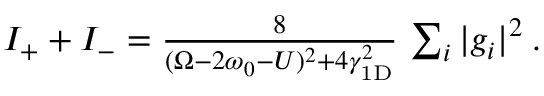
\begin{array} { r } { I _ { + } + I _ { - } = \frac { 8 } { ( \Omega - 2 \omega _ { 0 } - U ) ^ { 2 } + 4 \gamma _ { \mathrm { 1 D } } ^ { 2 } } \, \sum _ { i } | g _ { i } | ^ { 2 } \: . } \end{array}